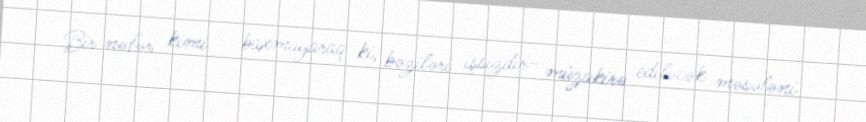
Bir nəfər kimi - baxmayaraq ki, bəziləri işsizdir- müzakirə ediləcək məsələni